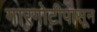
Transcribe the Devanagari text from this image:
गारगोटीपासून